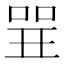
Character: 𠶬